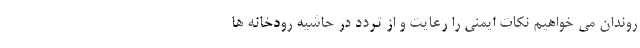
روندان می خواهیم نکات ایمنی را رعایت و از تردد در حاشیه رودخانه ها